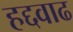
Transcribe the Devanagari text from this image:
हद्दवाढ